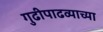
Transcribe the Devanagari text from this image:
गुढीपाढव्याच्या